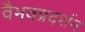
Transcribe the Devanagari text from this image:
वैभवप्रदर्शन